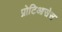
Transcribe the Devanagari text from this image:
प्रोटिआसेस